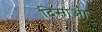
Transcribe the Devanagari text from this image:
दिसाओ